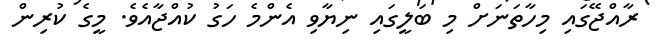
ރާއްޖޭގައި މިހާތަނަށް މި ބަލީގައި ނިޔާވި އެންމެ ހަގު ކުއްޖާއެވެ. މީގެ ކުރިން